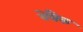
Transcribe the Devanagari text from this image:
वेबैक